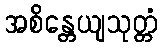
အစိန္တေယျသုတ္တံ